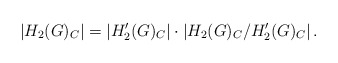
\begin{align*} |H_2(G)_C | = \left| H_2'(G)_C \right| \cdot \left| H_2(G)_C/H_2'(G)_C \right|.\end{align*}